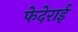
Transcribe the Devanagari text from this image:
फेदेराई